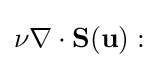
\nu \nabla \cdot \mathbf {S} (\mathbf {u} ):